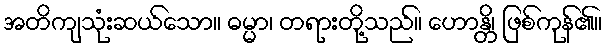
အတိကျသုံးဆယ်သော။ ဓမ္မာ၊ တရားတို့သည်။ ဟောန္တိ၊ ဖြစ်ကုန်၏။